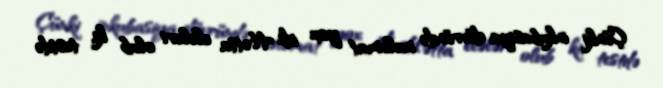
Çünki inkubasiya dövründə məlumat yox idi. Hətta elələri olub ki, testdə